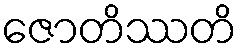
ဇောတိဿတိ